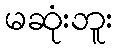
မဆုံးဘူး